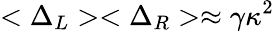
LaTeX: <\Delta_{L}><\Delta_{R}>\approx\gamma\kappa^{2}